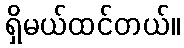
ရှိမယ်ထင်တယ်။